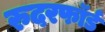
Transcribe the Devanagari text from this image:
रुदरफॉर्ड